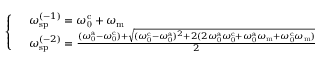
\begin{array} { r l } & { \left\{ \begin{array} { l l } & { \omega _ { \mathrm { s p } } ^ { ( - 1 ) } = \omega _ { \mathrm { 0 } } ^ { \mathrm { c } } + \omega _ { \mathrm { m } } } \\ & { \omega _ { \mathrm { s p } } ^ { ( - 2 ) } = \frac { ( \omega _ { \mathrm { 0 } } ^ { \mathrm { a } } - \omega _ { \mathrm { 0 } } ^ { \mathrm { c } } ) + \sqrt { ( \omega _ { \mathrm { 0 } } ^ { \mathrm { c } } - \omega _ { \mathrm { 0 } } ^ { \mathrm { a } } ) ^ { 2 } + 2 ( 2 \omega _ { \mathrm { 0 } } ^ { \mathrm { a } } \omega _ { \mathrm { 0 } } ^ { \mathrm { c } } + \omega _ { \mathrm { 0 } } ^ { \mathrm { a } } \omega _ { \mathrm { m } } + \omega _ { \mathrm { 0 } } ^ { \mathrm { c } } \omega _ { \mathrm { m } } ) } } { 2 } } \end{array} \right. } \end{array}